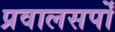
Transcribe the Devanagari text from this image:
प्रवालसर्पों